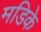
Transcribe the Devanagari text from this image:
मडिके